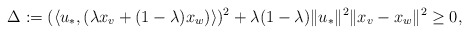
\begin{align*} &\Delta:=(\langle u_*, (\lambda x_v + (1-\lambda)x_w)\rangle)^2+\lambda(1-\lambda)\|u_*\|^2\|x_v-x_w\|^2\ge0,\\\end{align*}